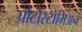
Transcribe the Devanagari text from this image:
प्रोटोस्टोमिअन